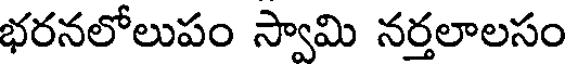
భరనలోలుపం స్వామి నర్తలాలసం